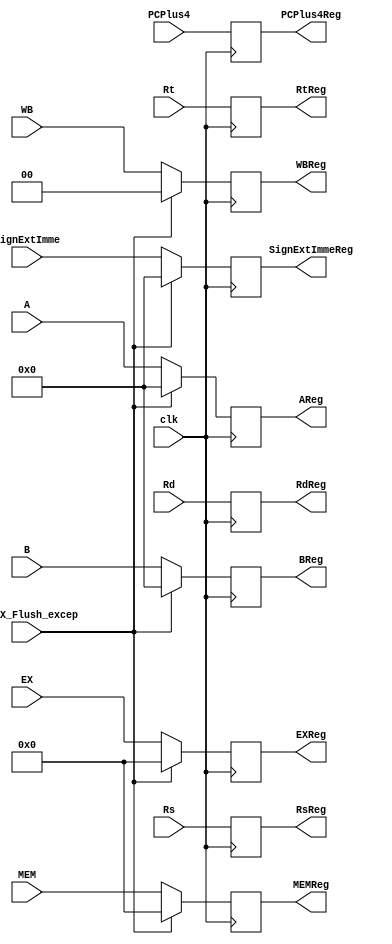
`timescale 1ns / 1ps
//////////////////////////////////////////////////////////////////////////////////
// Company: 
// Engineer: 
// 
// Design Name: 
// Module Name:    IDEX 
// Project Name: 
// Target Devices: 
// Tool versions: 
// Description: 
//
// Dependencies: 
//
// Revision: 
// Revision 0.01 - File Created
// Additional Comments: 
//
//////////////////////////////////////////////////////////////////////////////////
module IDEX(
PCPlus4,
A,
B,
SignExtImme,
Rt,
Rd,
Rs,
WB,
MEM,
EX,
ID_EX_Flush_excep,
PCPlus4Reg,
AReg,
BReg,
SignExtImmeReg,
RtReg,
RdReg,
RsReg,
WBReg,
MEMReg,
EXReg,
clk
    );

input [31:0] PCPlus4, A,B,SignExtImme;
input [4:0] Rt,Rd,Rs;
input clk, ID_EX_Flush_excep;
input [3:0] EX;
input [3:0] MEM;
input [1:0] WB;

output [31:0] PCPlus4Reg,AReg,BReg,SignExtImmeReg;
output [4:0] RtReg,RdReg,RsReg;
output [3:0] EXReg;
output [3:0] MEMReg;
output [1:0] WBReg;
reg [31:0] PCPlus4Reg,AReg,BReg,SignExtImmeReg;
reg [4:0] RtReg,RdReg,RsReg;
reg [3:0] EXReg;
reg [3:0] MEMReg;
reg [1:0] WBReg;

always @ (posedge clk)
begin
	if(ID_EX_Flush_excep == 1'b1)
	begin
		PCPlus4Reg <= PCPlus4;
		AReg <= 32'b0; // these are put equal to zero to ensure no overflow
		BReg <= 32'b0;
		SignExtImmeReg <= 32'b0;
		RtReg <= Rt;
		RdReg <= Rd;
		RsReg <= Rs;
		EXReg <= 4'd0; //set control signals zero turn it in NOP
		MEMReg <= 4'd0;
		WBReg <= 2'd0;
	end
	else
	begin
		PCPlus4Reg <= PCPlus4;
		AReg <= A;
		BReg <= B;
		SignExtImmeReg <= SignExtImme;
		RtReg <= Rt;
		RdReg <= Rd;
		RsReg <= Rs;
		EXReg <= EX;
		MEMReg <= MEM;
		WBReg <= WB;
	end
end
endmodule